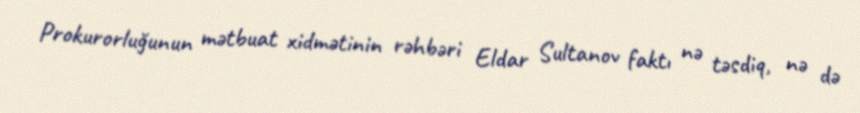
Prokurorluğunun mətbuat xidmətinin rəhbəri Eldar Sultanov faktı nə təsdiq, nə də